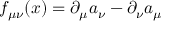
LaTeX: f _ { \mu \nu } ( x ) = \partial _ { \mu } a _ { \nu } - \partial _ { \nu } a _ { \mu }